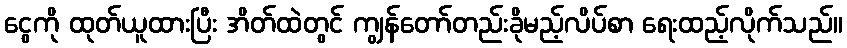
ငွေကို ထုတ်ယူထားပြီး အိတ်ထဲတွင် ကျွန်တော်တည်းခိုမည့်လိပ်စာ ရေးထည့်လိုက်သည်။